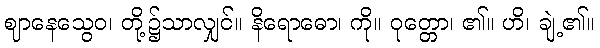
ဈာနေသွေဝ၊ တို့၌သာလျှင်။ နိရောဓော၊ ကို။ ဝုတ္တော၊ ၏။ ဟိ၊ ချဲ့၏။